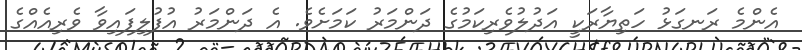
އެންމެ ރަނގަޅު ހަތިޔާރަކީ އަދުލުވެރިކަމުގެ ދަންމަރު ކަމަށެވެ. އެ ދަންމަރު އުފުލިފައިވާ ވެރިއެއްގެ